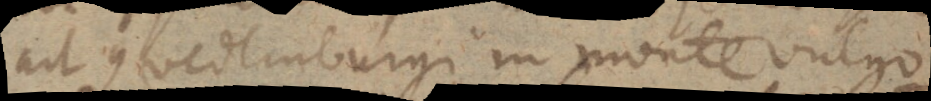
ait Quedlinburgi in monte vulgo